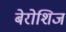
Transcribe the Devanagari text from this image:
बेरोशिज